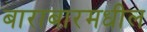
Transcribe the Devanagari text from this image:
बाराबारमधील